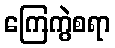
ကြေကွဲစရာ